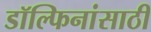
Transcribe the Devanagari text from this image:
डॉल्फिनांसाठी